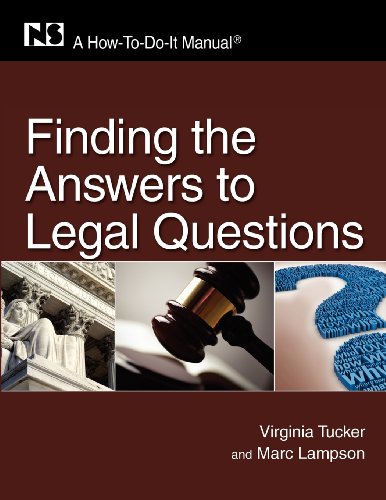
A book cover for Finding the Answers to Legal Questions: A How-To-Do-It Manual (How-to-Do-It-Manuals) (How-To-Do-It Manuals (Numbered)); Virginia Tucker; Law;